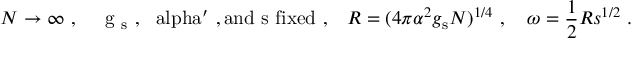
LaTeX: N \to \infty \ , \quad \mathrm { ~ g _ { \mathrm { ~ s } } ~ , ~ \ a l p h a ^ { \prime } ~ , a n d ~ s ~ f i x e d \ , } \quad R = ( 4 \pi \alpha ^ { 2 } g _ { \mathrm { s } } N ) ^ { 1 / 4 } \ , \quad \omega = \frac { 1 } { 2 } R s ^ { 1 / 2 } \ .